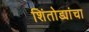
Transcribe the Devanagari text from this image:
शिंतोड्यांचा